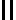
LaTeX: \mathsf{I}\mathsf{I}